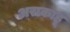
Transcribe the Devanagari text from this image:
अराकाहू